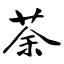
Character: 荼